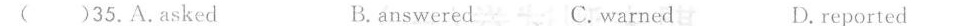
( )35.A.Asked B. answered C.warned D.reported